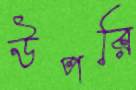
উপরি